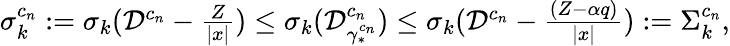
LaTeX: \begin{array}{r}{\sigma_{k}^{c_{n}}:=\sigma_{k}(\mathcal D^{c_{n}}-\frac{Z}{|x|})\leq\sigma_{k}(\mathcal D_{\gamma_{*}^{c_{n}}}^{c_{n}})\leq\sigma_{k}(\mathcal D^{c_{n}}-\frac{(Z-\alpha q)}{|x|}):=\Sigma_{k}^{c_{n}},}\end{array}